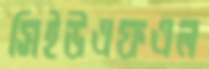
সিইউএফএল